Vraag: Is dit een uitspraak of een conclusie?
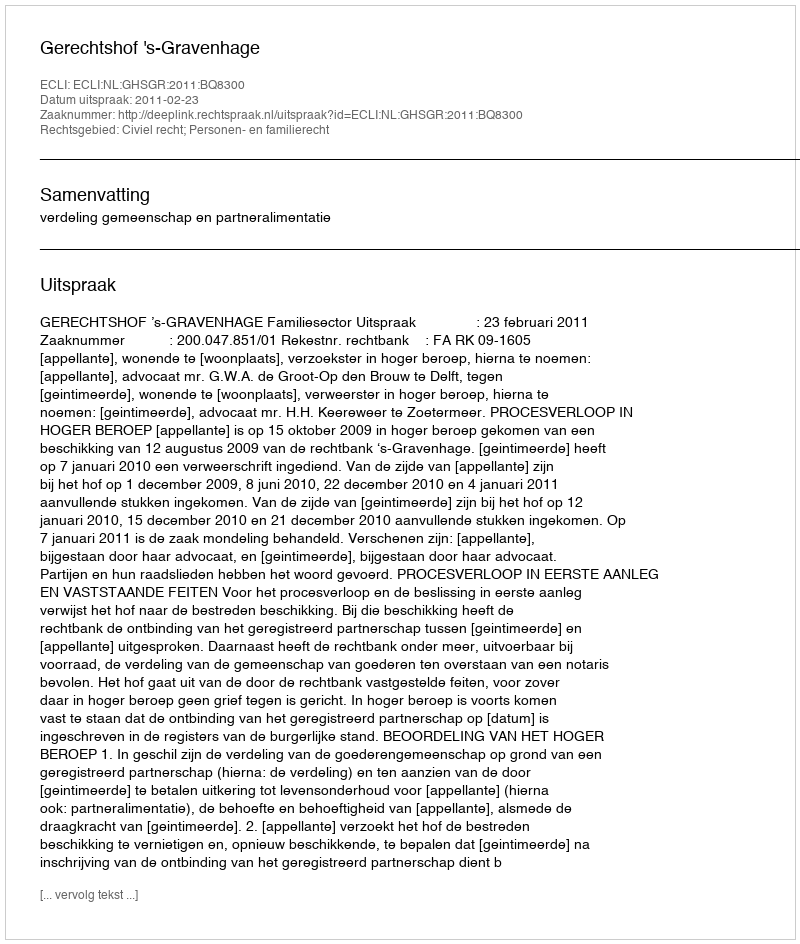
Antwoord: Uitspraak